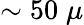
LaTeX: \sim 50\; \mu